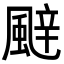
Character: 𮨬